Report on the lunatic asylums under the Government of Bombay - 1904-1913
Year: 1904
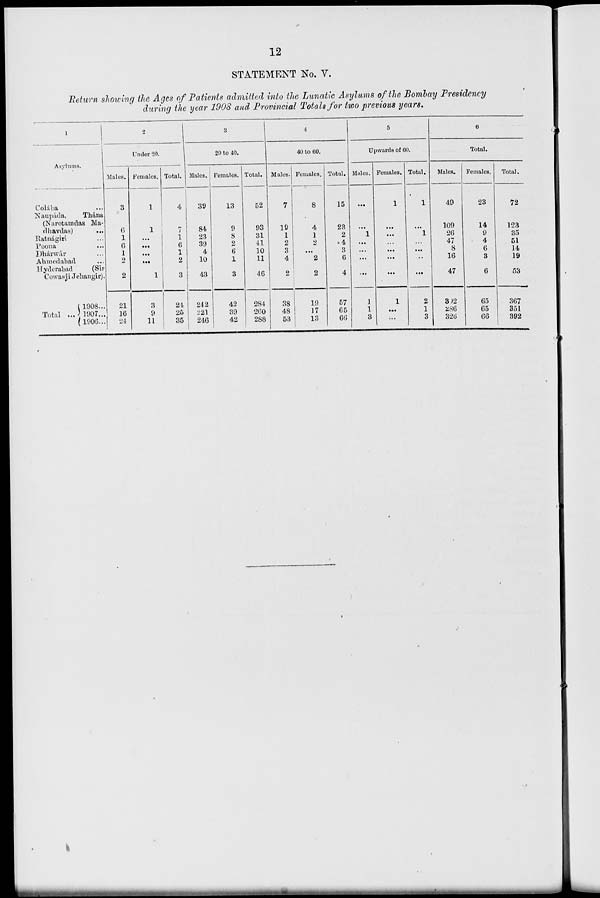
12
STATEMENT No. V.
Return showing the Ages of Patients admitted into the Lunatic Asylums of the Bombay Presidency
during the year 1908 and Provincial Totals for two previous years.
1
Asylums.
Colába ...
Naupáda,
Thána
(Narotamdas Ma-
-havdas) ...
Ratnágiri ...
Poona ...
Dhárwár ...
Ahmedabad ...
Hyderabad
(Sir
Cowasji Jehangir).
Total ...
1908...
1907...
1906...
2
Under 20.
Males.
3
6
1
6
1
2
2
21
16
24
Females.
1
1
...
...
...
...
1
3
9
11
Total.
4
7
1
6
1
2
3
24
25
35
3
20 to 40.
Males.
39
84
23
39
4
10
43
242
221
246
Females.
13
9
8
2
6
1
3
42
39
42
Total.
52
93
31
41
10
11
46
284
260
288
4
40 to 60.
Males.
7
19
1
2
3
4
2
38
48
53
Females.
8
4
1
2
...
2
2
19
17
13
Total.
15
23
2
4
3
6
4
57
65
66
5
Upwards of 60.
Males.
...
...
1
...
...
...
...
1
1
3
Females.
1
...
...
...
...
...
...
1
...
...
Total.
1
...
1
...
...
...
...
2
1
3
6
Total.
Males.
49
109
26
47
8
16
47
302
286
326
Females.
23
14
9
4
6
3
6
65
65
66
Total.
72
123
35
51
14
19
53
367
351
392